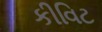
કીવિટ